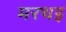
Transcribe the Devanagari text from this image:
मरथइ